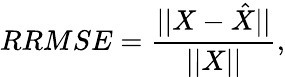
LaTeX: RRMSE=\frac{||X-\hat{X}||}{||X||},